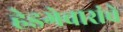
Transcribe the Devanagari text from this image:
हेडगेवारांचे